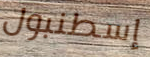
إسطنبول